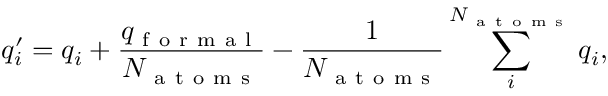
q _ { i } ^ { \prime } = q _ { i } + \frac { q _ { \mathrm { ~ f ~ o ~ r ~ m ~ a ~ l ~ } } } { N _ { \mathrm { ~ a ~ t ~ o ~ m ~ s ~ } } } - \frac { 1 } { N _ { \mathrm { ~ a ~ t ~ o ~ m ~ s ~ } } } \sum _ { i } ^ { N _ { \mathrm { ~ a ~ t ~ o ~ m ~ s ~ } } } q _ { i } ,